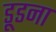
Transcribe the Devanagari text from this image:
डूडना